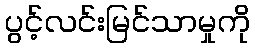
ပွင့်လင်းမြင်သာမှုကို